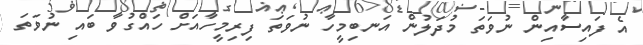
އެ ފައިސާއިން ނުވަތަ މުދަލުން އަނބިމީހާ ނުވަތަ ފިރިމީހާއަށް ހައްގުވާ ބައި ނުވަތަ